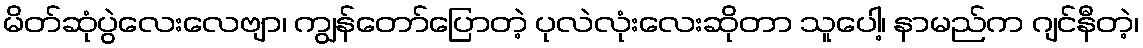
မိတ်ဆုံပွဲလေးလေဗျာ၊ ကျွန်တော်ပြောတဲ့ ပုလဲလုံးလေးဆိုတာ သူပေါ့၊ နာမည်က ဂျင်နီတဲ့၊